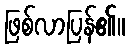
ဖြစ်လာပြန်၏။